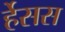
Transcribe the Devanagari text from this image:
र्हेसस